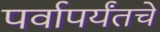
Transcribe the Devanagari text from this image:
पर्वापर्यंतचे